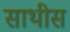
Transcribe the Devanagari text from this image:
साथीस